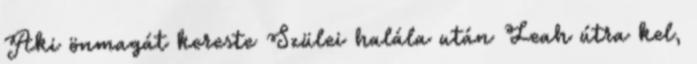
Aki önmagát kereste Szülei halála után Leah útra kel,